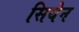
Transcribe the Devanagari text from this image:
सियेन